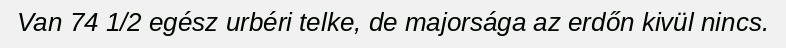
Van 74 1/2 egész urbéri telke, de majorsága az erdőn kivül nincs.